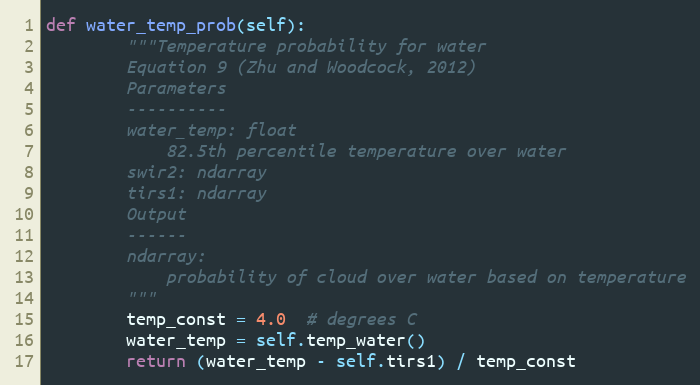
Language: Python
def water_temp_prob(self):
        """Temperature probability for water
        Equation 9 (Zhu and Woodcock, 2012)
        Parameters
        ----------
        water_temp: float
            82.5th percentile temperature over water
        swir2: ndarray
        tirs1: ndarray
        Output
        ------
        ndarray:
            probability of cloud over water based on temperature
        """
        temp_const = 4.0  # degrees C
        water_temp = self.temp_water()
        return (water_temp - self.tirs1) / temp_const